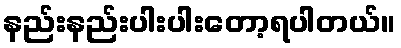
နည်းနည်းပါးပါးတော့ရပါတယ်။